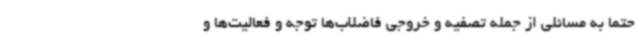
حتما به مسائلی از جمله تصفیه و خروجی فاضلاب‌ها توجه و فعالیت‌ها و